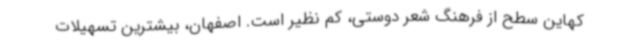
کهاین سطح از فرهنگ شعر دوستی، کم نظیر است. اصفهان، بیشترین تسهیلات